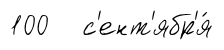
100 с'ент'ябр'я́